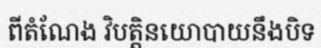
ពីតំណែង វិបត្តិនយោបាយនឹងបិទ